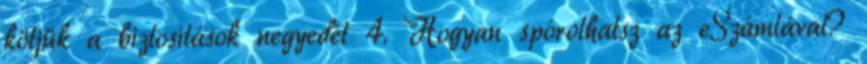
kötjük a biztosítások negyedét 4. Hogyan spórolhatsz az eSzámlával?